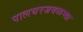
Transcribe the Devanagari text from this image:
पालघरजवळच्या